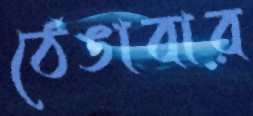
ঠেঙাবার